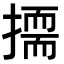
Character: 𭢛